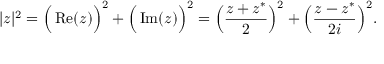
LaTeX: | z | ^ { 2 } = { \Big ( } \operatorname { R e } ( z ) { \Big ) } ^ { 2 } + { \Big ( } \operatorname { I m } ( z ) { \Big ) } ^ { 2 } = { \Big ( } { \frac { z + z ^ { \ast } } { 2 } } { \Big ) } ^ { 2 } + { \Big ( } { \frac { z - z ^ { \ast } } { 2 i } } { \Big ) } ^ { 2 } .